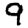
Digit: 9